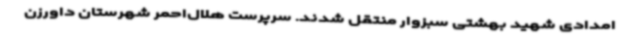
امدادی شهید بهشتی سبزوار منتقل شدند. سرپرست هلال‌احمر شهرستان داورزن